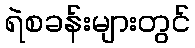
ရဲစခန်းများတွင်